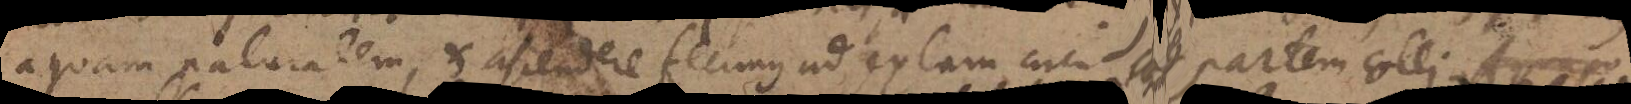
aquam naturalem, et ascendere fecimus ad sextam circiter partem colli. Aqua po